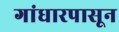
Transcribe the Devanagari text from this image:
गांधारपासून